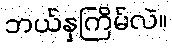
ဘယ်နှကြိမ်လဲ။